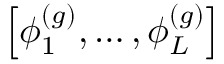
\left[ \boldsymbol { \phi } _ { 1 } ^ { ( g ) } , \dots , \boldsymbol { \phi } _ { L } ^ { ( g ) } \right]